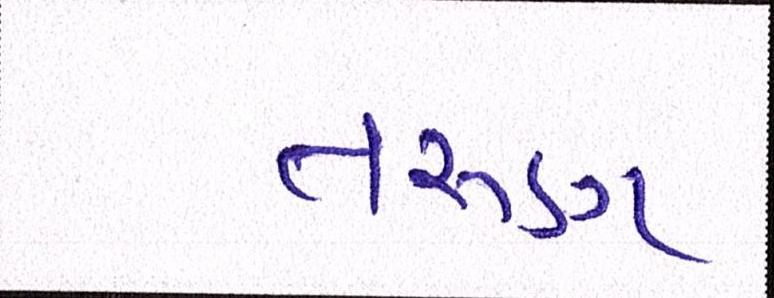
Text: તરુણ